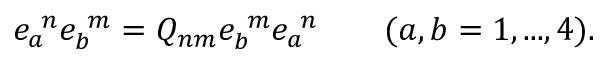
e _ { a } ^ { \ n } e _ { b } ^ { \ m } = Q _ { n m } e _ { b } ^ { \ m } e _ { a } ^ { \ n } \qquad ( a , b = 1 , . . . , 4 ) .